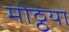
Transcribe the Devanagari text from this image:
मोठ्ठया